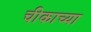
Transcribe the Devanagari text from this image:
चीकाच्या